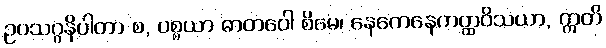
ဥပသဂ္ဂနိပါတာ စ, ပစ္စယာ ဓာတဝေါ စိမေ၊ နေကေနေကတ္ထဝိသယာ, ဣတိ